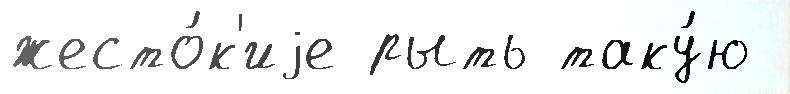
жесто́к'иjе рыть таку́ю